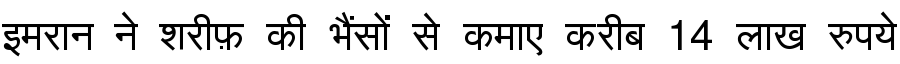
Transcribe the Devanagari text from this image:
इमरान ने शरीफ़ की भैंसों से कमाए करीब 14 लाख रुपये